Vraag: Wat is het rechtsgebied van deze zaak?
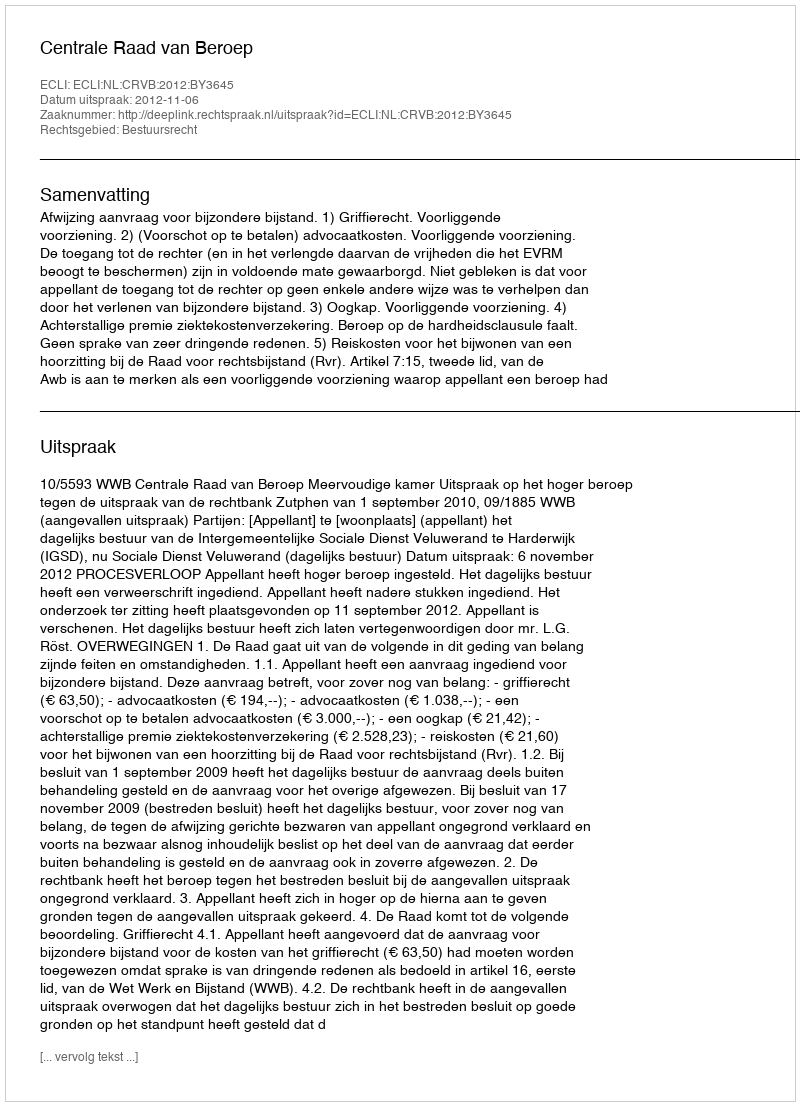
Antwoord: Bestuursrecht